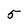
Character: 5